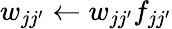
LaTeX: w_{jj^{\prime}}\gets w_{jj^{\prime}}f_{jj^{\prime}}